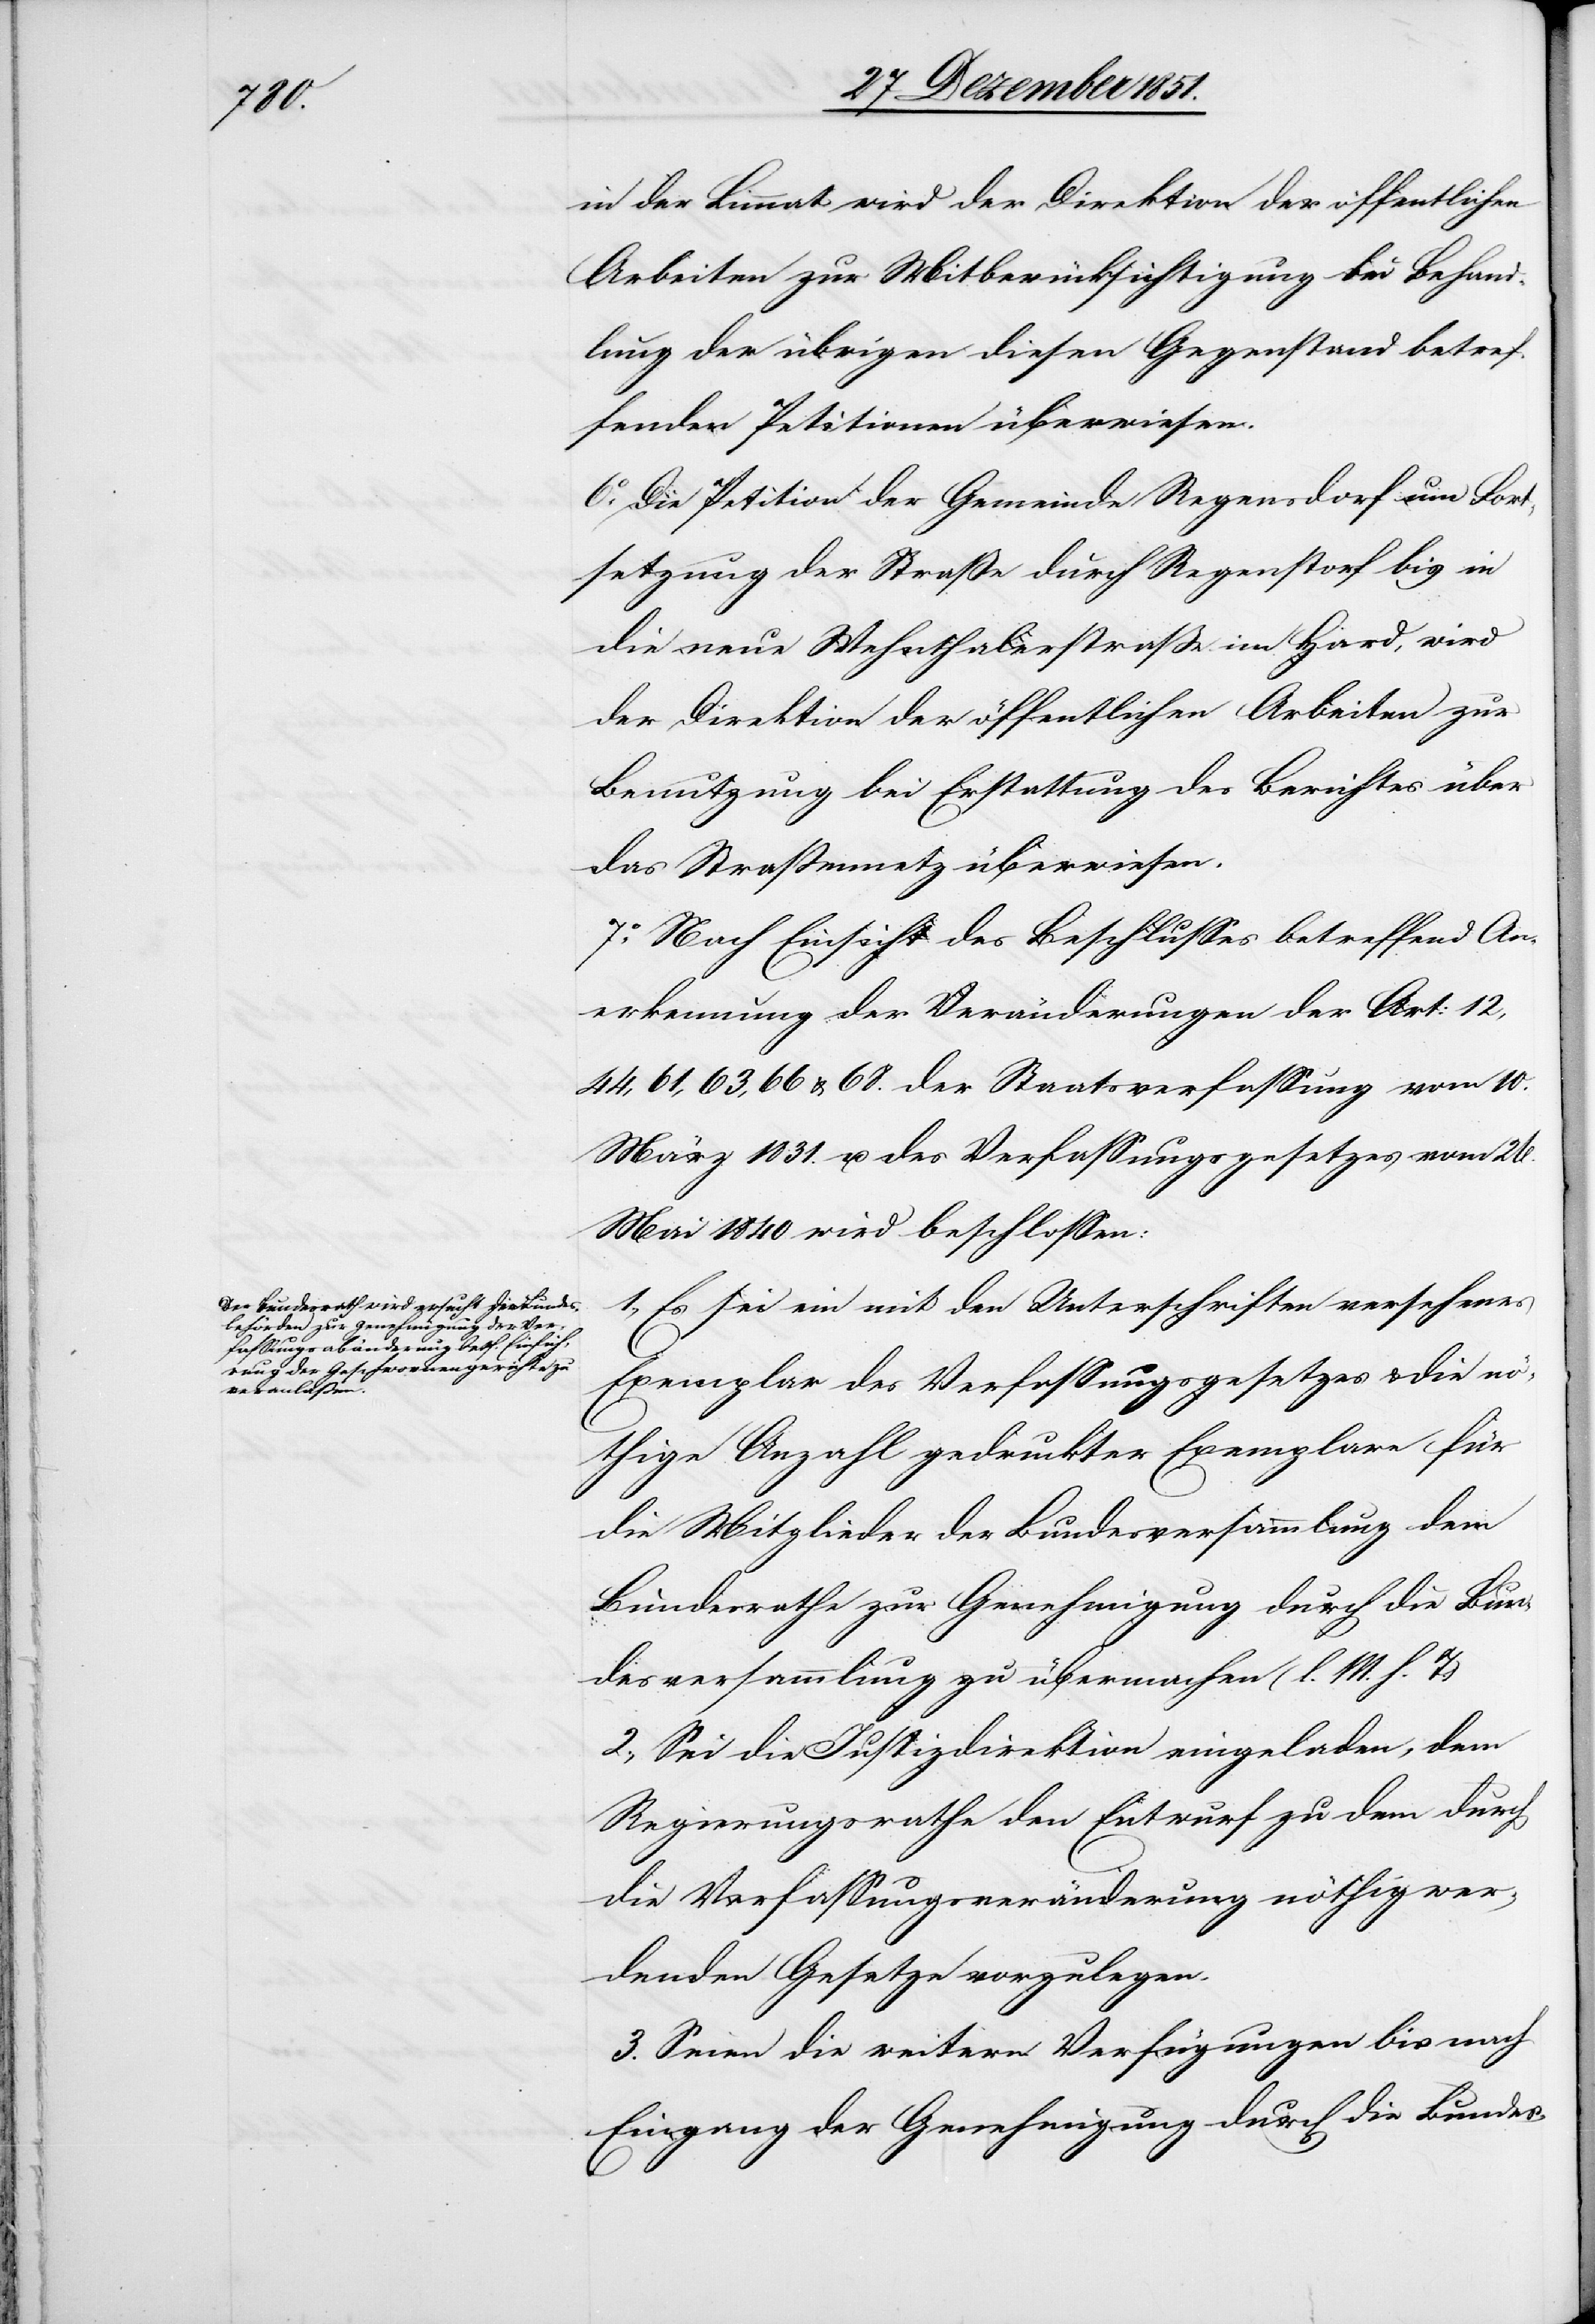
in der Limmat wird der Direktion der öffentlichen
Arbeiten zur Mitberücksichtigung bei Behand¬
lung der übrigen diesen Gegenstand betref¬
fenden Petitionen überwiesen.
6.o Die Petition der Gemeinde Regensdorf um Fort¬
setzung der Straße durch Regenstorf bis in
die neue Wehnthalerstraße im Hard, wird
der Direktion der öffentlichen Arbeiten zur
Benutzung bei Erstattung des Berichtes über
das Straßennetz überwiesen.
7.o Nach Einsicht des Beschlusses betreffend An¬
erkennung der Veränderungen der Art: 12,
44, 61, 63, 66 & 68. der Staatsverfassung vom 10.
März 1831. u. des Verfassungsgesetzes vom 26.
Mai 1840 wird beschlossen:
1., Es sei ein mit den Unterschriften versehenes
Exemplar des Verfassungsgesetzes & die nö¬
thige Anzahl gedruckter Exemplare für
die Mitglieder der Bundesversammlung dem
Bundesrathe zur Genehmigung durch die Bun¬
desversammlung zu übermachen (l. M. h. T.)
2., Sei die Justizdirektion eingeladen, dem
Regierungsrathe den Entwurf zu dem durch
die Verfassungsveränderung nöthig wer¬
denden Gesetze vorzulegen.
3. Seien die weitern Verfügungen bis nach
Eingang der Genehmigung durch die Bundes-